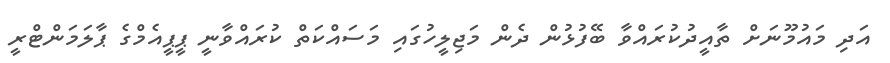
އަދި މައުމޫނަށް ތާއީދުކުރައްވާ ބޭފުޅުން ދެން މަޖިލީހުގައި މަސައްކަތް ކުރައްވާނީ ޕީޕީއެމްގެ ޕާލަމަންޓްރީ